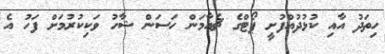
ހިތަދު އާއި ކުޅުދުއްފުށީ ޕޯޓްގެ ޗެއާމަން ހަސަން ޝާހު ވަކިކުރުމަށް ފަހު އެ